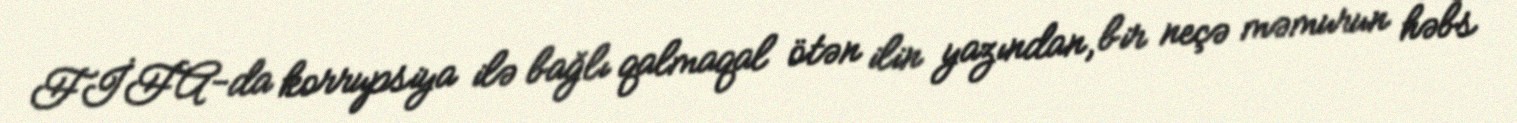
FİFA-da korrupsiya ilə bağlı qalmaqal ötən ilin yazından, bir neçə məmurun həbs